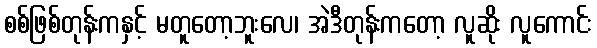
စစ်ဖြစ်တုန်းကနှင့် မတူတော့ဘူးလေ၊ အဲဒီတုန်းကတော့ လူဆိုး လူကောင်း